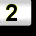
Digit: 2